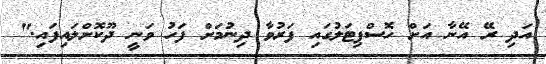
އަދި ރޭ އޭނާ އަށް ހޮސްޕިޓަލުގައި ފަރުވާ ދިނުމަށް ފަހު ވަނީ ދޫކޮށްލައިފައި."